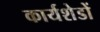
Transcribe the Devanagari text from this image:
कार्यशेडों